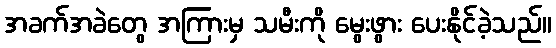
အခက်အခဲတွေ အကြားမှ သမီးကို မွေးဖွား ပေးနိုင်ခဲ့သည်။